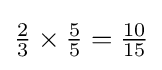
{\tfrac {2}{3}}\times {\tfrac {5}{5}}={\tfrac {10}{15}}